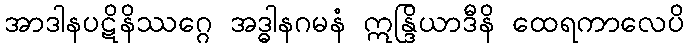
အာဒါနပဋိနိဿဂ္ဂေ အဒ္ဓါနဂမနံ ဣန္ဒြိယာဒီနိ ထေရကာလေပိ